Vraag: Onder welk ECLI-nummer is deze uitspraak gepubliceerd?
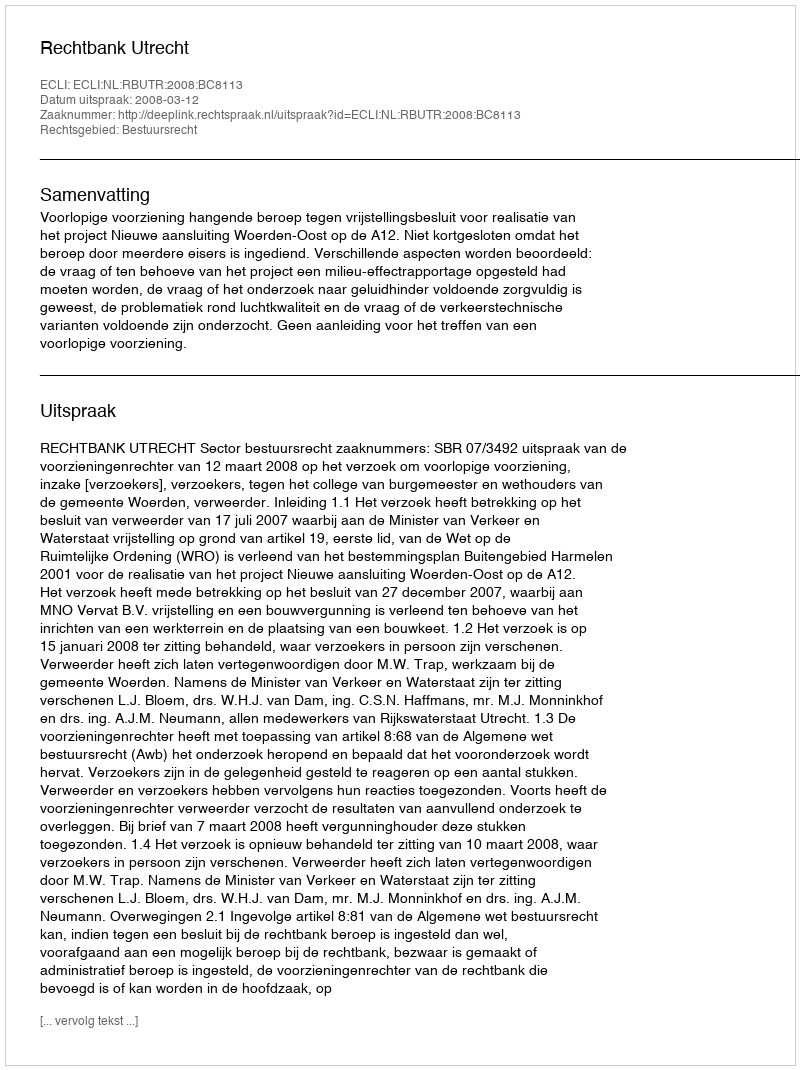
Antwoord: ECLI:NL:RBUTR:2008:BC8113